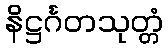
နိဋ္ဌင်္ဂတသုတ္တံ